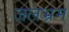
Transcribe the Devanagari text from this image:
जलभ्रम